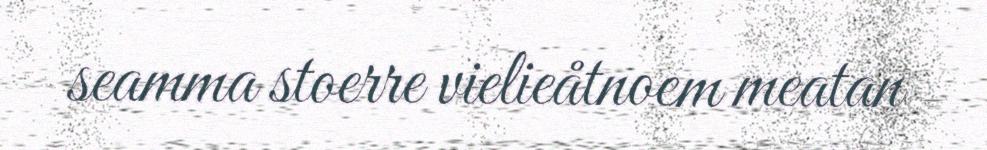
seamma stoerre vielieåtnoem meatan